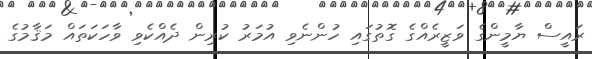
ރައީސް ޔާމީންގެ ވަޒީރެއްގެ ގޮތުގައި ހުންނެވި އުމަރު ކުރިން ދެއްކެވި ވާހަކަތައް މަޤާމުގެ